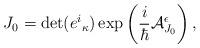
LaTeX: \begin{align*}J_0 = \det (e^i{}_ \kappa ) \exp\left( \frac{i}{\hbar}{\cal A}_{J_0}^\epsilon \right),\end{align*}